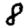
Digit: 8